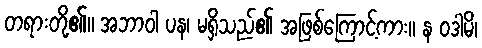
တရားတို့၏။ အဘာဝါ ပန၊ မရှိသည်၏ အဖြစ်ကြောင့်ကား။ န ဝဒါမိ၊